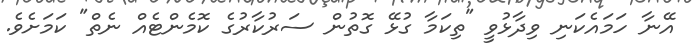
އޭނާ ހަމައެކަނި ވިދާޅުވީ "ތިކަމާ ގުޅޭ ގޮތުން ސަރުކާރުގެ ކޮމެންޓެއް ނެތް" ކަމަށެވެ.